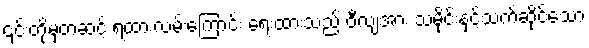
၎င်းတို့မှတဆင့် ရထားလမ်းကြောင်း ရေးထားသည် ဝီလျံအား သမိုင်းနှင့်သက်ဆိုင်သော